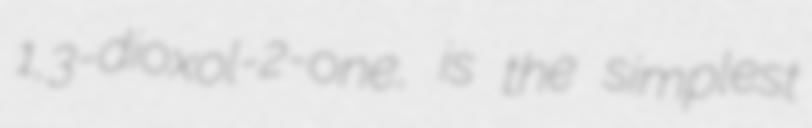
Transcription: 1,3-dioxol-2-one, is the simplest